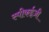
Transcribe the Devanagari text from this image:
स्पीकईज़ी